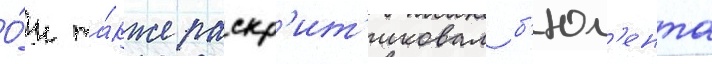
О́н та́кже раскр'ит'иковал б'юл'ента